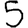
Digit: 5